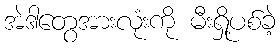
အဲဒါတွေအားလုံးကို မီးရှို့ပစ်ခဲ့